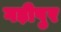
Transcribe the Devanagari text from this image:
गड़ीपुर